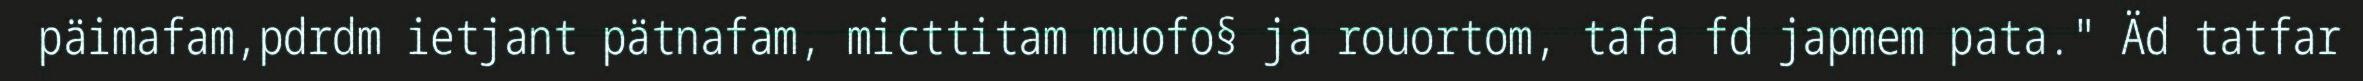
päimafam,pdrdm ietjant pätnafam, micttitam muofo§ ja rouortom, tafa fd japmem pata." Äd tatfar